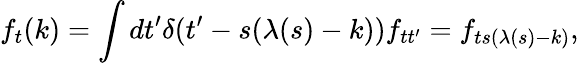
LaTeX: f_{t}(k)=\int dt^{\prime}\delta(t^{\prime}-s(\lambda(s)-k))f_{tt^{\prime}}=f_{ts(\lambda(s)-k)},